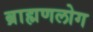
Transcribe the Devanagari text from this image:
ब्राह्मणलोग